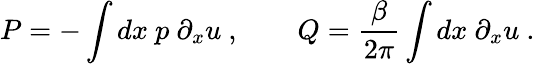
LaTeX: P=-\int dx\ p\ \partial_{x}u\ ,\qquad Q={\frac{\beta}{2\pi}}\int dx\ \partial_{x}u\ .